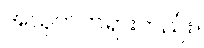
အယုတ်တရားတည်း။